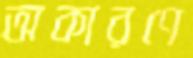
অকারণে